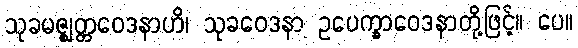
သုခမဇ္ဈတ္တဝေဒနာဟိ၊ သုခဝေဒနာ ဥပေက္ခာဝေဒနာတို့ဖြင့်။ ပေ။